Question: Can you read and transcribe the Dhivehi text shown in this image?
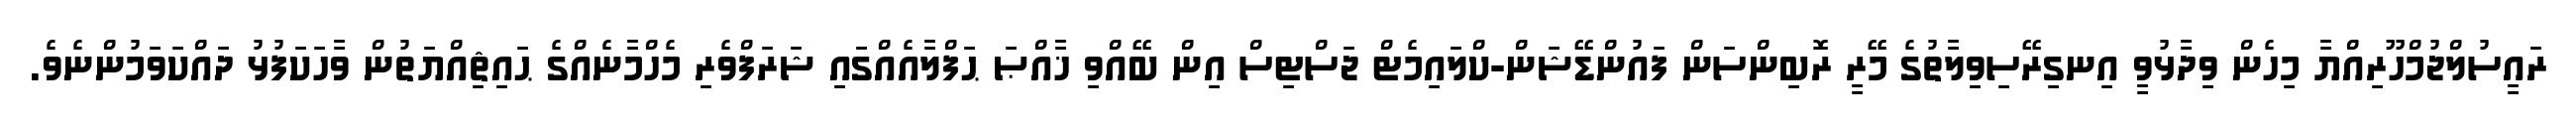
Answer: ރައީސުލްޖުމްހޫރިއްޔާ މިހެން ވިދާޅުވީ އިނގިރޭސިވިލާތުގެ މޭރީ ރޮބިންސަން ފައުންޑޭޝަން-ކްލައިމެޓް ޖަސްޓިސް އިން ބޭއްވި ޚާއްޞަ ޙަފްލާއެއްގައި ޝަރަފްވެރި މެހްމާނެއްގެ ޙައިޘިއްޔަތުން ވާހަކަފުޅު ދައްކަވަމުންނެވެ.